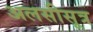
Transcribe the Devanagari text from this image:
अलसीसूत्र